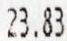
23.83